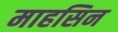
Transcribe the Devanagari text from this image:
माहसिन